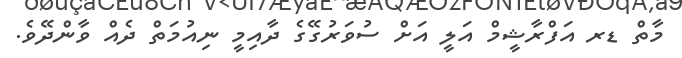
މާތް ޑރ އަފްރާޝީމް އަލީ އަށް ސުވަރުގޭގެ ދާއިމީ ނިއުމަތް ދެއް ވާންދޭވެ.